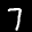
Label: 7